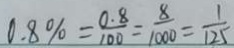
0 . 8 \% = \frac { 0 . 8 } { 1 0 0 } = \frac { 8 } { 1 0 0 0 } = \frac { 1 } { 1 2 5 }